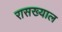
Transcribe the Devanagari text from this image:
रासख्याल